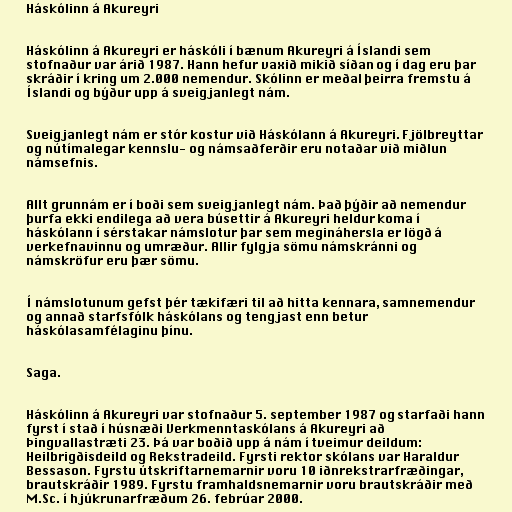
Háskólinn á Akureyri

Háskólinn á Akureyri er háskóli í bænum Akureyri á Íslandi sem
stofnaður var árið 1987. Hann hefur vaxið mikið síðan og í dag eru þar
skráðir í kring um 2.000 nemendur. Skólinn er meðal þeirra fremstu á
Íslandi og býður upp á sveigjanlegt nám.

Sveigjanlegt nám er stór kostur við Háskólann á Akureyri. Fjölbreyttar
og nútímalegar kennslu- og námsaðferðir eru notaðar við miðlun
námsefnis.

Allt grunnám er í boði sem sveigjanlegt nám. Það þýðir að nemendur
þurfa ekki endilega að vera búsettir á Akureyri heldur koma í
háskólann í sérstakar námslotur þar sem megináhersla er lögð á
verkefnavinnu og umræður. Allir fylgja sömu námskránni og
námskröfur eru þær sömu.

Í námslotunum gefst þér tækifæri til að hitta kennara, samnemendur
og annað starfsfólk háskólans og tengjast enn betur
háskólasamfélaginu þínu.

Saga.

Háskólinn á Akureyri var stofnaður 5. september 1987 og starfaði hann
fyrst í stað í húsnæði Verkmenntaskólans á Akureyri að
Þingvallastræti 23. Þá var boðið upp á nám í tveimur deildum:
Heilbrigðisdeild og Rekstradeild. Fyrsti rektor skólans var Haraldur
Bessason. Fyrstu útskriftarnemarnir voru 10 iðnrekstrarfræðingar,
brautskráðir 1989. Fyrstu framhaldsnemarnir voru brautskráðir með
M.Sc. í hjúkrunarfræðum 26. febrúar 2000.